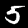
Digit: 5